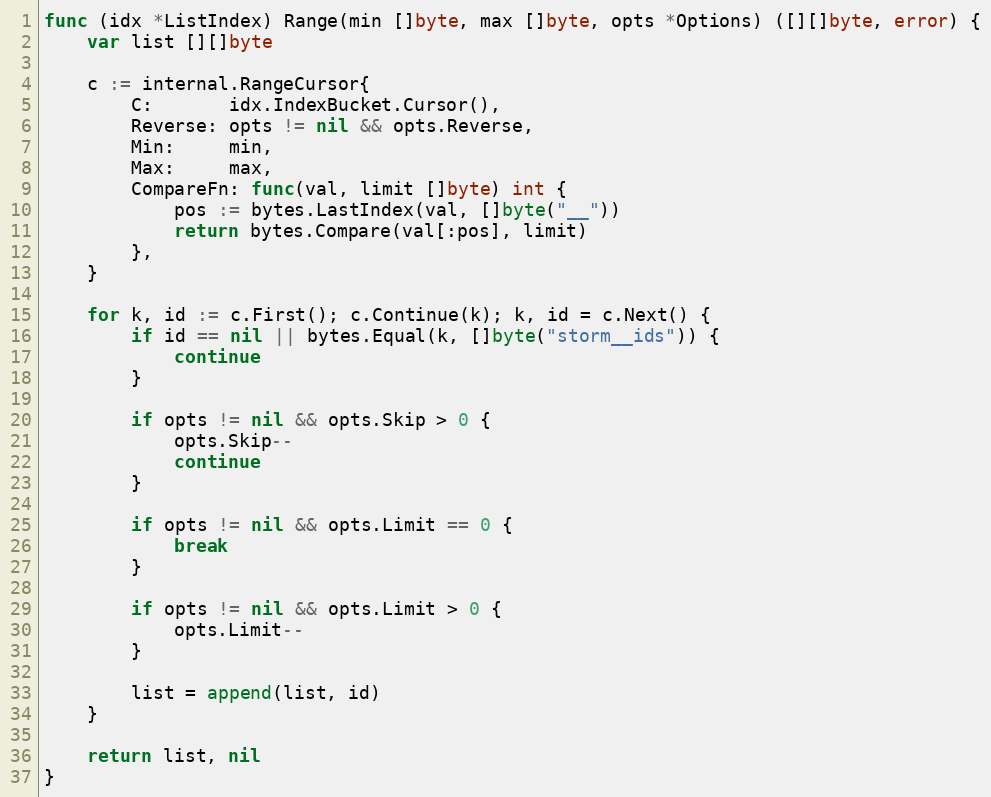
Language: Go
func (idx *ListIndex) Range(min []byte, max []byte, opts *Options) ([][]byte, error) {
	var list [][]byte

	c := internal.RangeCursor{
		C:       idx.IndexBucket.Cursor(),
		Reverse: opts != nil && opts.Reverse,
		Min:     min,
		Max:     max,
		CompareFn: func(val, limit []byte) int {
			pos := bytes.LastIndex(val, []byte("__"))
			return bytes.Compare(val[:pos], limit)
		},
	}

	for k, id := c.First(); c.Continue(k); k, id = c.Next() {
		if id == nil || bytes.Equal(k, []byte("storm__ids")) {
			continue
		}

		if opts != nil && opts.Skip > 0 {
			opts.Skip--
			continue
		}

		if opts != nil && opts.Limit == 0 {
			break
		}

		if opts != nil && opts.Limit > 0 {
			opts.Limit--
		}

		list = append(list, id)
	}

	return list, nil
}